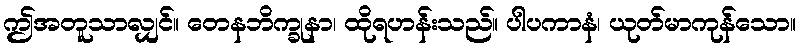
ဤအတူသာလျှင်။ တေနဘိက္ခုနာ၊ ထိုရဟန်းသည်။ ပါပကာနံ၊ ယုတ်မာကုန်သော။